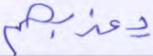
يعذبهم